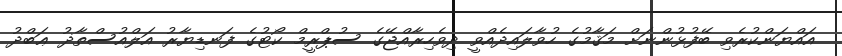
އައްޔަންކުރެވި ބޭފުޅުންނަށް މަޤާމުގެ ހުވާލައިދެއްވީ ދިވެހިރާއްޖޭގެ ސުޕްރީމް ކޯޓުގެ ފަނޑިޔާރު އަލްއުސްތާޛު ޢަބްދު